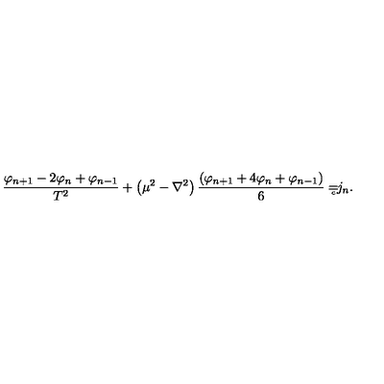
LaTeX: \frac { \varphi _ { n + 1 } - 2 \varphi _ { n } + \varphi _ { n - 1 } } { T ^ { 2 } } + \left( \mu ^ { 2 } - \nabla ^ { 2 } \right) \frac { \left( \varphi _ { n + 1 } + 4 \varphi _ { n } + \varphi _ { n - 1 } \right) } 6 = { } _ { { } _ { \! \! \! \! \! \! \! c } } j _ { n } .